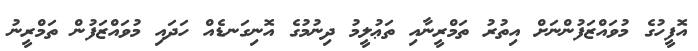
އޮފީހުގެ މުވައްޒަފުންނަށް އިތުރު ތަމްރީނާއި ތަޢުލީމު ދިނުމުގެ އޮނިގަނޑެއް ހަދައި މުވައްޒަފުން ތަމްރީނު